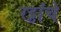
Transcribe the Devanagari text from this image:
रट्ठांचे